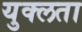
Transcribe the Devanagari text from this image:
युक्लता